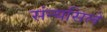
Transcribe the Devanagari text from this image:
संन्यसिले